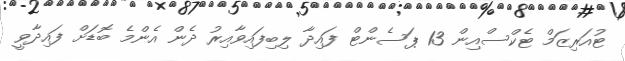
ޓުއަރިޒަމް ޓެކްސްއިން 13 ޕަސެންޓް ފައިދާ ލިބިފައިވާއިރު ދެން އެންމެ ބޮޑަށް ފައިދާވީ